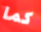
كما